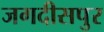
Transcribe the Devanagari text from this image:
जगदीसपुर